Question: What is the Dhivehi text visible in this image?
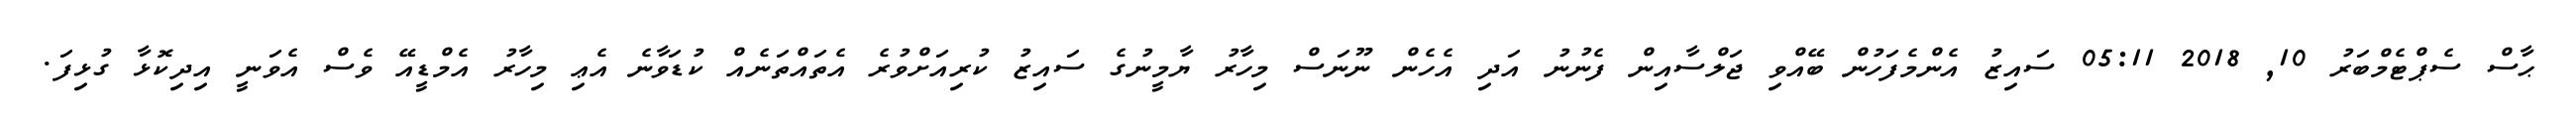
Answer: ޙާސް ސެޕްޓެމްބަރު 10, 2018 05:11 ސައިޒު އެންމެފަހުން ބޭއްވި ޖަލްސާއިން ފެނުނު އަދި އެހެން ނޫނަސް މިހާރު ޔާމީނުގެ ސައިޒު ކުރިއަށްވުރެ އެތައްތަނެއް ކުޑަވާނެ އެޢި މިހާރު އެމްޑީއޭ ވެސް އެވަނީ އިދިކޮޅާ ގުޅިފަ.